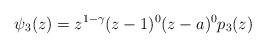
LaTeX: \begin{align*}\psi_{3}(z)=z^{1-\gamma}(z-1)^{0}(z-a)^{0}p_{3}(z)\end{align*}